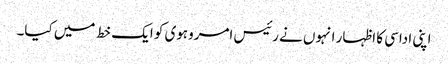
اپنی اداسی کا اظہار انہوں نے رئیس امروہوی کو ایک خط میں کیا۔